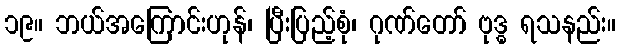
၁၉။ ဘယ်အကြောင်းဟုန်၊ ပြီးပြည့်စုံ၊ ဂုဏ်တော် ဗုဒ္ဓ ရသနည်း။